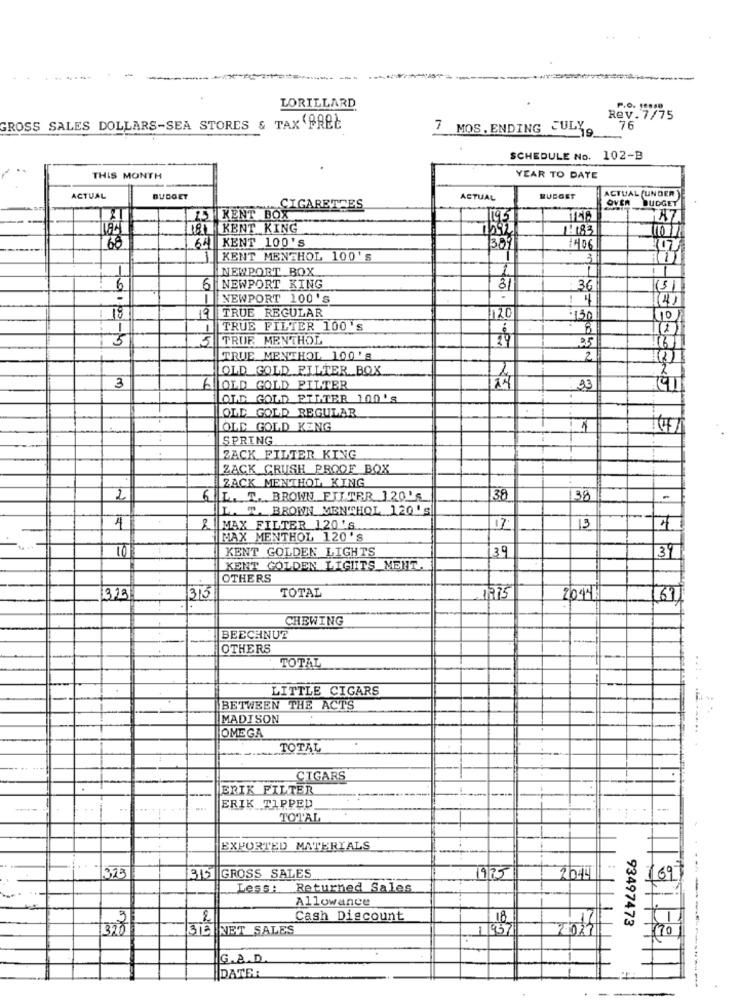
LORILLARD
P.O. 19
Rev.7/75
GROSS SALES DOLLARS-SEA STORES & TAX FREE
7 MOS.ENDING JULY
76
SCHEDULE No. 102-B
THIS MONTH
YEAR TO DATE
ACTUAL
BUDGET
ACTUAL
BUDGET
ACTUAL (UNDER
CIGARETTES
OVER BUDGET
15 KENT BOX
195
A7
KENT KING
1: 183
1692
68
641 KENT 100'S
389
1406
-
KENT MENTHOL 100's
3
NEWPORT BOX
6
6 NEWPORT KING
31
36
(3)
-
1
NEWPORT 100's
.
19 TRUE REGULAR
18
120
130
110
1
TRUE FILTER 100's
5
TRUR MENTHOL
29
25
16
TRUE MENTHOL 100'S
2
OLD GOLD FILTER BOX
3
6
OLD GOLD FILTER
33
OLD GOLD PTLTER 100'S
OLD GOLD REGULAR
OLD GOLD KENG
SPRING
ZACK FILTER KING
ZACK CRUSH PROOF BOX
ZACK MENTHOL KING
2
6
L. T .... BROWN FILTER 120'S
38
138
L. T. BROWN MENTHOL 120'S
4
MAX FILTER 120'S.
13
MAX MENTHOL 120'S
10
KENT GOLDEN LIGHTS
39
39
KENT GOLDEN LIGHTS MENT.
OTHERS
315
TOTAL
323
20191
61
CHEWING
BEECHNUT
OTHERS
TOTAL
-
LITTLE CIGARS
BETWEEN THE ACTS
MADISON
OMEGA
.......
TOTAL
CIGARS
ERIK FILTER
----
ERIK TIPPED
TOTAL
EXPORTED MATERIALS
315 GROSS SALES
323
975
2014
169
Less: Returned Sales
Allowance
3
Cash Discount
93497473
320
SIE NET SALES
7027
(20)
G.A.D
DATER